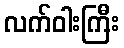
လက်ဝါးကြီး